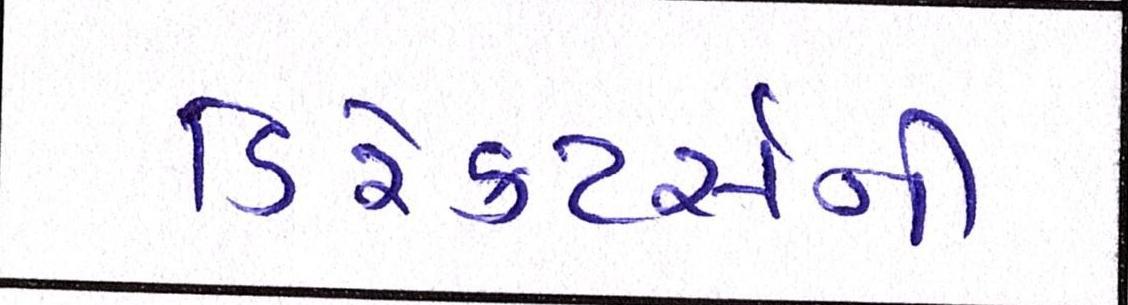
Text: ડિરેક્ટર્સની